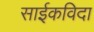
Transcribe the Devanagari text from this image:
साईकविदा